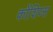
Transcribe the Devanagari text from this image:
कोंशिय्स